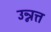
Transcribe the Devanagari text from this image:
उन्नत्त